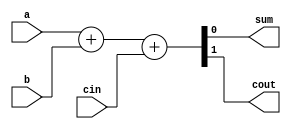
module fa(input a, input b, input cin, output sum, output cout);
    assign {cout, sum} = a+b+cin;
endmodule

module top_module( 
    input [2:0] a, b,
    input cin,
    output [2:0] cout,
    output [2:0] sum );
	
    fa inst1 (.a(a[0]), .b(b[0]), .cin(cin), .sum(sum[0]), .cout(cout[0]));
    fa inst2 (.a(a[1]), .b(b[1]), .cin(cout[0]), .sum(sum[1]), .cout(cout[1]));
    fa inst3 (.a(a[2]), .b(b[2]), .cin(cout[1]), .sum(sum[2]), .cout(cout[2]));
    
endmodule